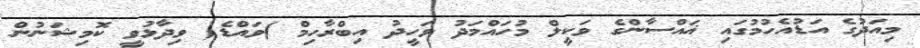
މިއަދުގެ އަޑުއެހުމުގައި ޣައްސާންގެ ވަކީލް މުހައްމަދު ވަހީދު އިބްރާހިމް )ވައްޑެ( ވިދާޅުވީ ކޮމިޝަނުން